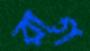
রাগ